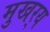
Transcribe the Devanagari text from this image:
मुखर्‍य